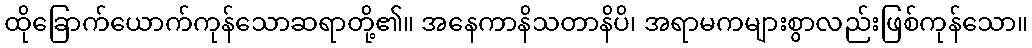
ထိုခြောက်ယောက်ကုန်သောဆရာတို့၏။ အနေကာနိသတာနိပိ၊ အရာမကများစွာလည်းဖြစ်ကုန်သော။